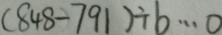
( 8 4 8 - 7 9 1 ) \div b \cdots 0